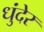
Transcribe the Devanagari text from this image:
धुंदेर